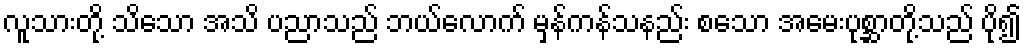
လူသားတို့ သိသော အသိ ပညာသည် ဘယ်လောက် မှန်ကန်သနည်း စသော အမေးပုစ္ဆာတို့သည် ပို၍